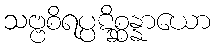
သဗ္ဗစိရပ္ပဋိစ္ဆန္နာယော